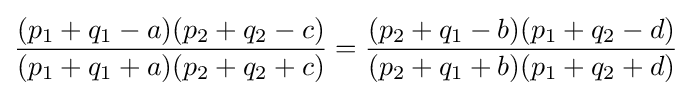
{\frac {(p_{1}+q_{1}-a)(p_{2}+q_{2}-c)}{(p_{1}+q_{1}+a)(p_{2}+q_{2}+c)}}={\frac {(p_{2}+q_{1}-b)(p_{1}+q_{2}-d)}{(p_{2}+q_{1}+b)(p_{1}+q_{2}+d)}}